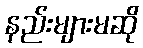
နည်းများမဆို